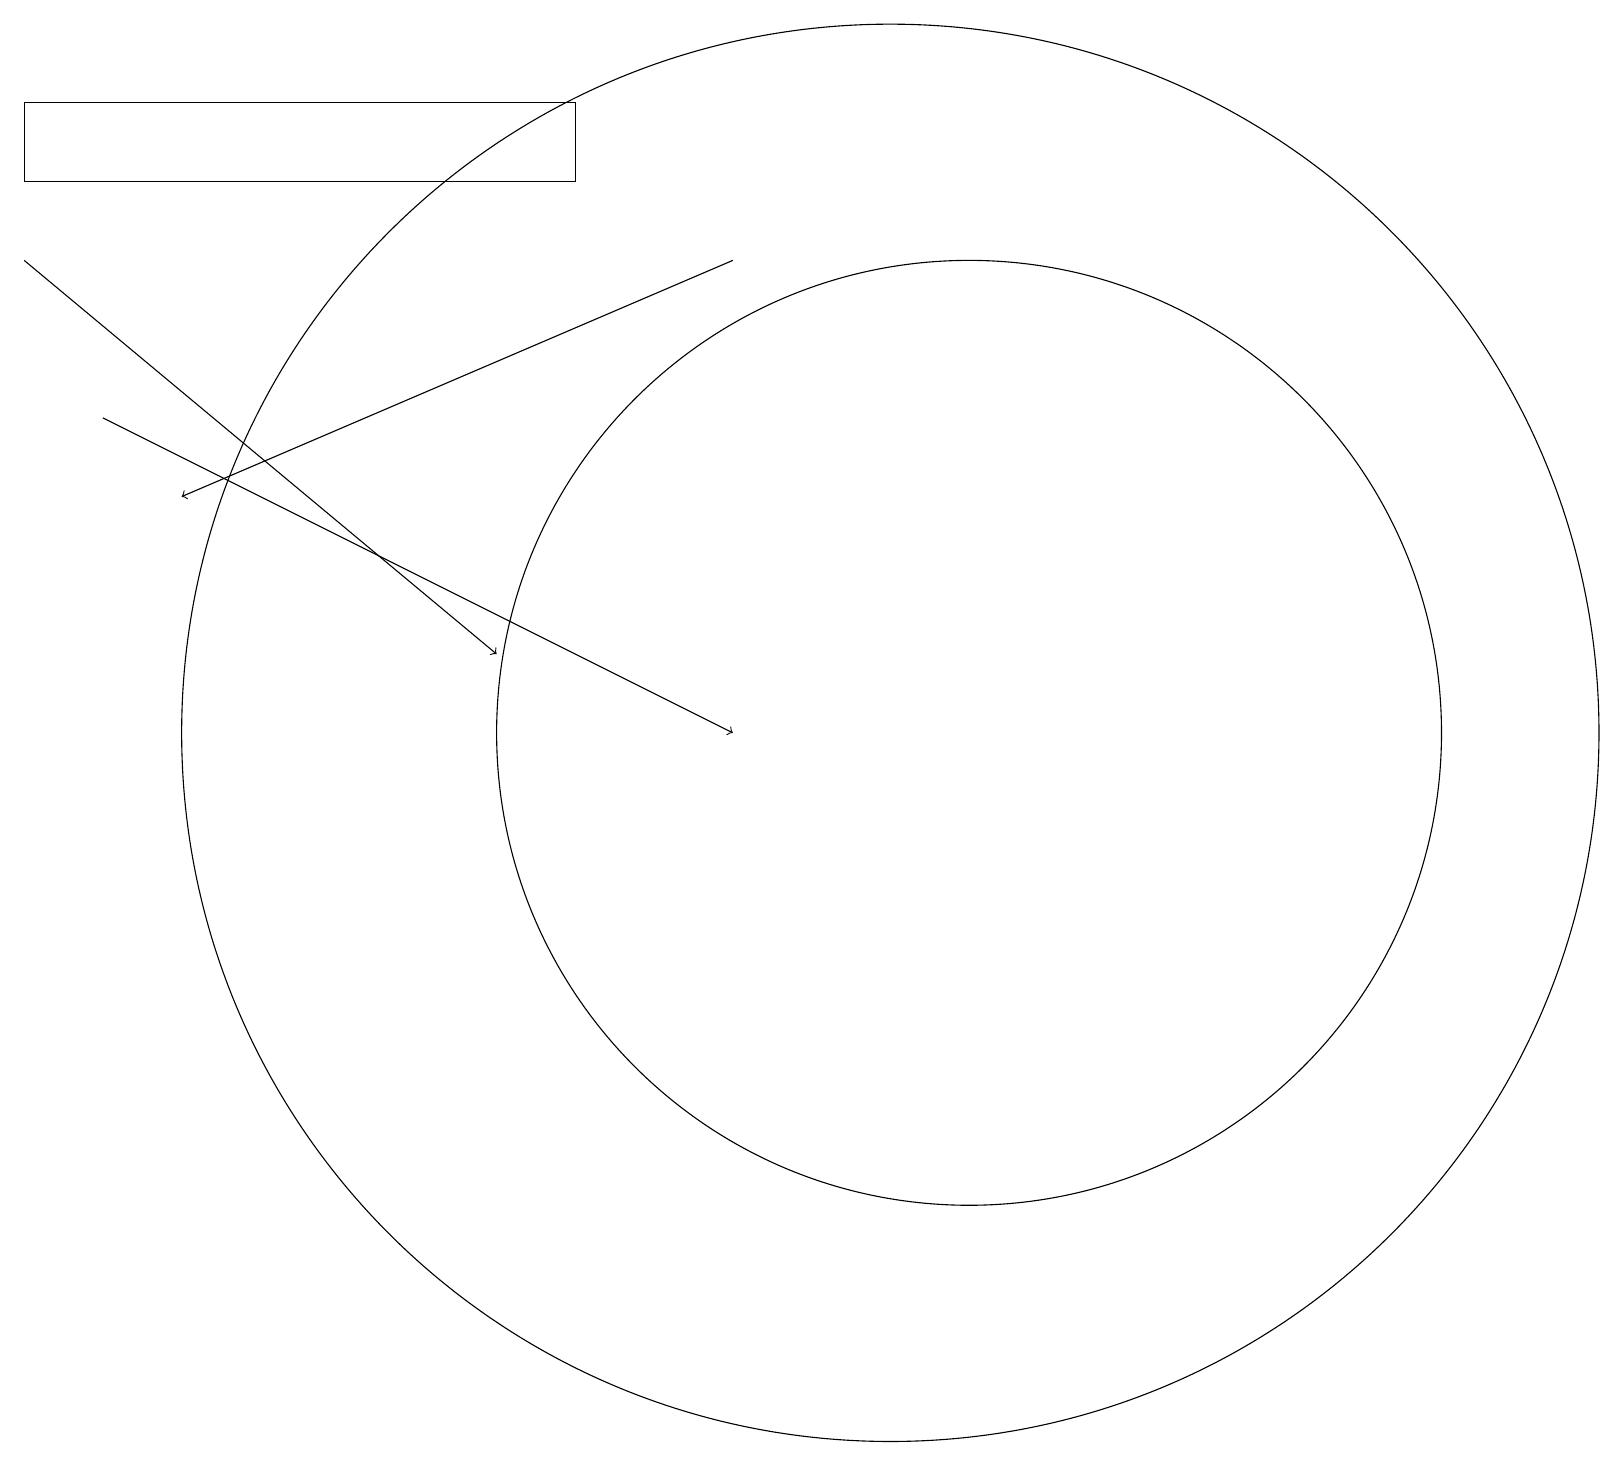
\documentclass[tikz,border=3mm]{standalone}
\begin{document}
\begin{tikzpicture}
\draw (11,11) circle (9);
\draw[->] (1,15) -- (9,11);
\draw (12,11) circle (6);
\draw[->] (0,17) -- (6,12);
\draw[->] (9,17) -- (2,14);
\draw (7,19) rectangle (0,18);
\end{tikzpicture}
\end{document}